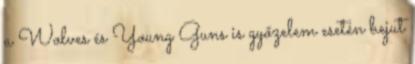
a Wolves és Young Guns is győzelem esetén bejut